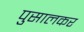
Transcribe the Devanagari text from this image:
पुसालकर